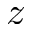
z